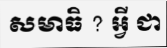
សមាធិ ? អ្វី ជា